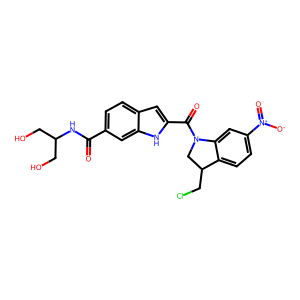
SMILES: O=C(NC(CO)CO)c1ccc2cc(C(=O)N3CC(CCl)c4ccc([N+](=O)[O-])cc43)[nH]c2c1
Inhibits HIV replication: No